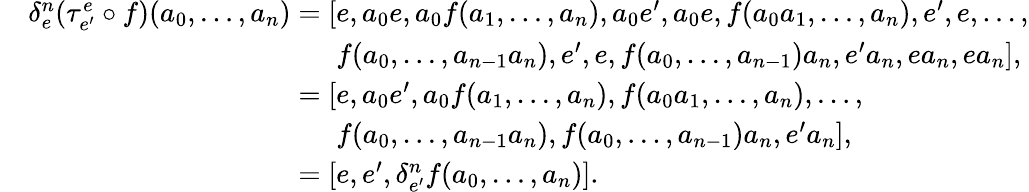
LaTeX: \begin{array}{rl}&{\delta_{e}^{n}(\tau_{e^{\prime}}^{e}\circ f)(a_{0},\dots,a_{n})=[e,a_{0}e,a_{0}f(a_{1},\dots,a_{n}),a_{0}e^{\prime},a_{0}e,f(a_{0}a_{1},\dots,a_{n}),e^{\prime},e,\dots,}\\ &{\hphantom{\delta_{e}^{n}(\tau_{e^{\prime}}^{e}\circ f)(a_{0},\dots,a_{n})=[}f(a_{0},\dots,a_{n-1}a_{n}),e^{\prime},e,f(a_{0},\dots,a_{n-1})a_{n},e^{\prime}a_{n},ea_{n},ea_{n}],}\\ &{\hphantom{\delta_{e}^{n}(\tau_{e^{\prime}}^{e}\circ f)(a_{0},\dots,a_{n})}=[e,a_{0}e^{\prime},a_{0}f(a_{1},\dots,a_{n}),f(a_{0}a_{1},\dots,a_{n}),\dots,}\\ &{\hphantom{\delta_{e}^{n}(\tau_{e^{\prime}}^{e}\circ f)(a_{0},\dots,a_{n})=[}f(a_{0},\dots,a_{n-1}a_{n}),f(a_{0},\dots,a_{n-1})a_{n},e^{\prime}a_{n}],}\\ &{\hphantom{\delta_{e}^{n}(\tau_{e^{\prime}}^{e}\circ f)(a_{0},\dots,a_{n})}=[e,e^{\prime},\delta_{e^{\prime}}^{n}f(a_{0},\dots,a_{n})].}\end{array}